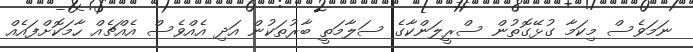
ނަމަވެސް މިކަމާ ގުޅޭގޮތުން ސްރީލަންކާގެ ސަލާމަތީ ބާރުތަކުން އަދި އެއްވެސް އެއްޗެއް ހާމަކޮށްފައެއް